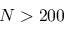
N > 2 0 0